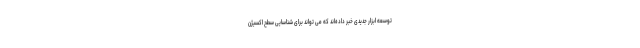
توسعه ابزار جدیدی خبر داده‌اند که می تواند برای شناسایی سطح اکسیژن